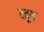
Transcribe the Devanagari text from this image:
तवूस